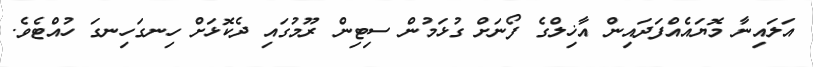
އަލައިނާ މޮޔައެއްފަދައިން އާޚިލްގެ ފޯނަށް ގުޅަމުން ސިޓިން ރޫމުގައި ދެކޮޅަށް ހިނގަހިނގަ ހުއްޓެވެ.